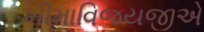
ખીમાવિજયજીએ